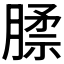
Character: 𰯊